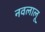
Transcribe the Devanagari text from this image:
नवलालू